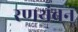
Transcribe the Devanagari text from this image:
रणथंबन